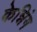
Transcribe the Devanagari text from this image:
केन्निंग